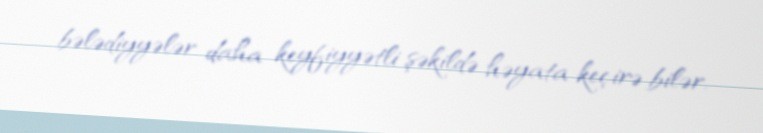
bələdiyyələr daha keyfiyyətli şəkildə həyata keçirə bilər.